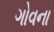
ગોવના